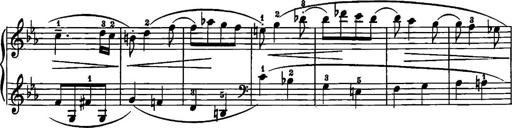
Title: 12 Sonatinas
Composer: Ignaz Pleyel